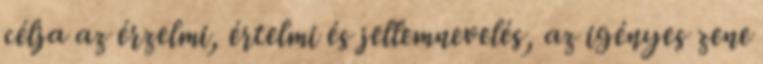
célja az érzelmi, értelmi és jellemnevelés, az igényes zene